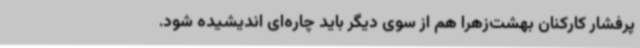
پرفشار کارکنان بهشت‌زهرا هم از سوی دیگر باید چاره‌ای اندیشیده شود.